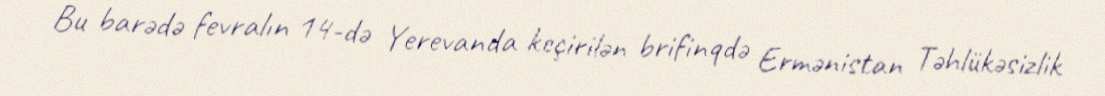
Bu barədə fevralın 14-də Yerevanda keçirilən brifinqdə Ermənistan Təhlükəsizlik